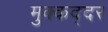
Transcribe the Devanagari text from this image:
मुक्कद्दर